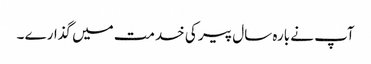
آپ نے بارہ سال پیر کی خدمت میں گذارے ۔